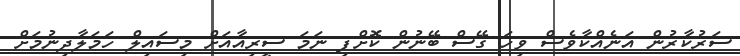
ސަރުކާރުން އަނެއްކާވެސް ވިހަ ގޭސް ބޭނުން ކޮށްފި ނަމަ ސީރިއާއަށް މިސައިލް ހަމަލާދިނުމަށް